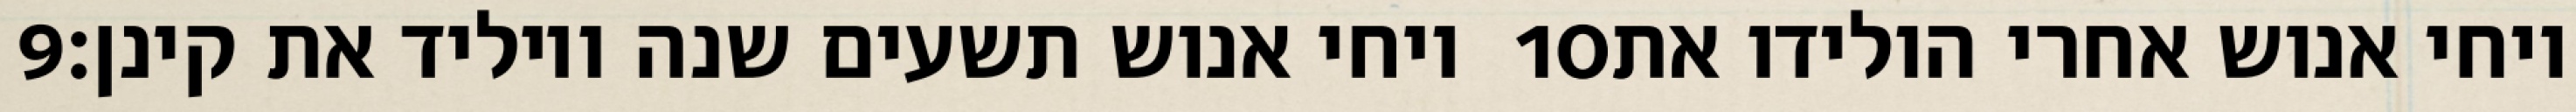
‎9‏ ויחי אנוש תשעים שנה ויוליד את קינן׃ ‎10‏ ויחי אנוש אחרי הולידו את